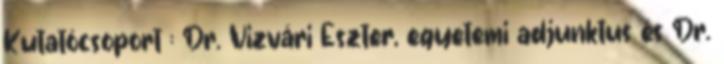
Kutatócsoport : Dr. Vizvári Eszter, egyetemi adjunktus és Dr.